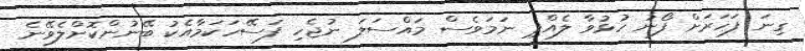
ގިނަ ފަހަރަށް ފޯނު ހުޅުވާ ލެއްޕި ނަމަވެސް މައްސަލަ ނުޖެހި ފަސޭހަކަމާއެކު ބޭނުންކޮށްލެވޭނެ